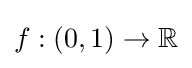
f:(0,1)\to \mathbb {R}